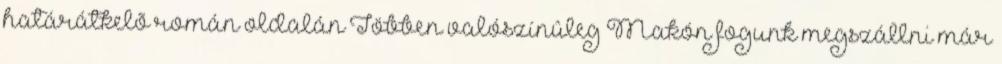
határátkelõ román oldalán Többen valószínûleg Makón fogunk megszállni már